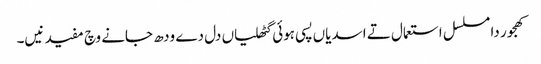
کھجور دا مسلسل استعمال تے اسدیاں پسی ہوئی گٹھلیاں دل دے ودھ جانے وچ مفید نیں۔